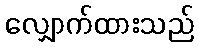
လျှောက်ထားသည်